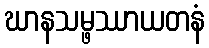
ဃာနသမ္ဖဿာယတနံ